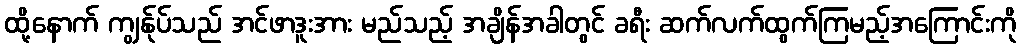
ထို့နောက် ကျွန်ုပ်သည် အင်ဖာဒူးအား မည်သည့် အချိန်အခါတွင် ခရီး ဆက်လက်ထွက်ကြမည့်အကြောင်းကို